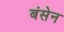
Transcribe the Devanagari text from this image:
बंसेन